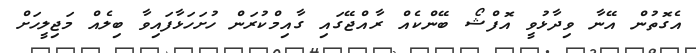
އެގޮތުން އޭނާ ވިދާޅުވީ އޮފްޝޯ ބޭންކެއް ރާއްޖޭގައި ގާއިމްކުރަން ހުށަހަޅާފައިވާ ބިލެއް މަޖިލީހަށް